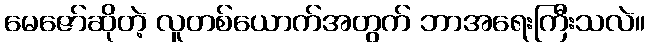
မေဇော်ဆိုတဲ့ လူတစ်ယောက်အတွက် ဘာအရေးကြီးသလဲ။